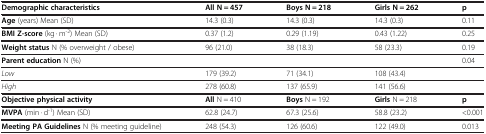
<table><thead><tr><td><b>Demographic characteristics</b></td><td><b>All N = 457</b></td><td><b>Boys N = 218</b></td><td><b>Girls N = 262</b></td><td><b>p</b></td></tr></thead><tbody><tr><td><b>Age</b> (years) Mean (SD)</td><td>14.3 (0.3)</td><td>14.3 (0.3)</td><td>14.3 (0.3)</td><td>0.11</td></tr><tr><td><b>BMI Z-score</b> (kg · m<sup>-2</sup>) Mean (SD)</td><td>0.37 (1.2)</td><td>0.29 (1.19)</td><td>0.43 (1.22)</td><td>0.25</td></tr><tr><td><b>Weight status</b> N (% overweight / obese)</td><td>96 (21.0)</td><td>38 (18.3)</td><td>58 (23.3)</td><td>0.19</td></tr><tr><td><b>Parent education</b> N (%)</td><td> </td><td> </td><td> </td><td>0.04</td></tr><tr><td><i>Low</i></td><td>179 (39.2)</td><td>71 (34.1)</td><td>108 (43.4)</td><td> </td></tr><tr><td><i>High</i></td><td>278 (60.8)</td><td>137 (65.9)</td><td>141 (56.6)</td><td> </td></tr><tr><td><b>Objective physical activity</b></td><td><b>All</b> N = 410</td><td><b>Boys</b> N = 192</td><td><b>Girls</b> N = 218</td><td><b>p</b></td></tr><tr><td><b>MVPA</b> (min · d<sup>-1</sup>) Mean (SD)</td><td>62.8 (24.7)</td><td>67.3 (25.6)</td><td>58.8 (23.2)</td><td>&lt;0.001</td></tr><tr><td><b>Meeting PA Guidelines</b> N (% meeting guideline)</td><td>248 (54.3)</td><td>126 (60.6)</td><td>122 (49.0)</td><td>0.013</td></tr></tbody></table>